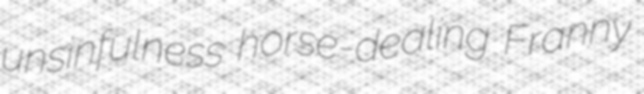
unsinfulness horse-dealing Franny